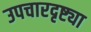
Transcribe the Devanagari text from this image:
उपचारदृष्ट्या